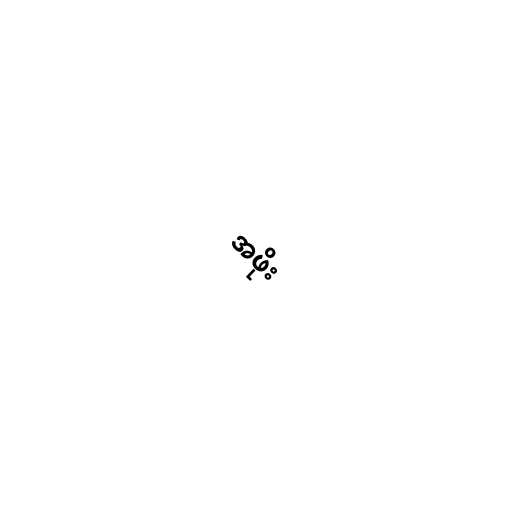
အဖိုး